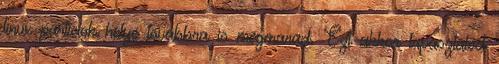
linux particiok helye tovabbra is megmarad. Ezt akkor tapasztalod